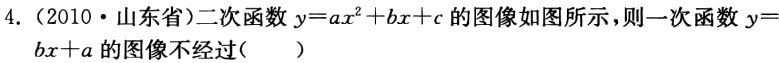
4.（2010·山东省）二次函数\(y = ax^{2}+bx + c\)的图像如图所示，则一次函数\(y = bx + a\)的图像不经过（  ）